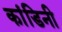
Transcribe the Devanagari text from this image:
कांडिनी